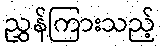
ညွှန်ကြားသည့်